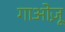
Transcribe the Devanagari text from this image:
गाओज़ू